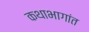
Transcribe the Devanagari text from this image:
कथाभागांत